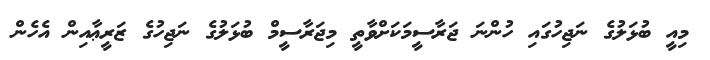
މިއީ ބުޅަލުގެ ނަޖިހުގައި ހުންނަ ޖަރާސީމަކަށްވާތީ މިޖަރާސީމް ބުޅަލުގެ ނަޖިހުގެ ޒަރީޢާއިން އެހެން